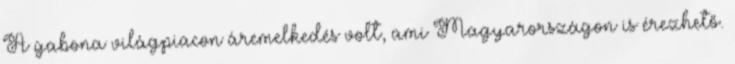
A gabona világpiacon áremelkedés volt, ami Magyarországon is érezhető.